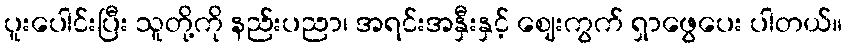
ပူးပေါင်းပြီး သူတို့ကို နည်းပညာ၊ အရင်းအနှီးနှင့် ဈေးကွက် ရှာဖွေပေး ပါတယ်။